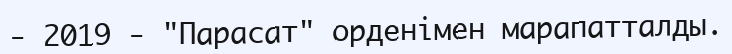
- 2019 - "Парасат" орденімен марапатталды.